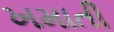
ખમાતી